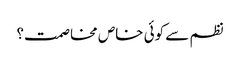
نظم سے کوئی خاص مخاصمت؟